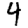
Digit: 4